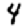
Digit: 4